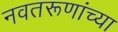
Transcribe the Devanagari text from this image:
नवतरूणांच्या